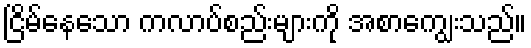
ငြိမ်နေသော ကလာပ်စည်းများကို အစာကျွေးသည်။